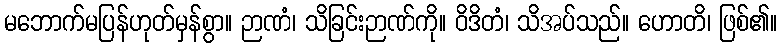
မဘောက်မပြန်ဟုတ်မှန်စွာ။ ဉာဏံ၊ သိခြင်းဉာဏ်ကို။ ဝိဒိတံ၊ သိအပ်သည်။ ဟောတိ၊ ဖြစ်၏။